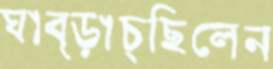
ঘাব্‌ড়াচ্ছিলেন